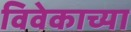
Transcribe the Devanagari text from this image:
विवेकाच्या